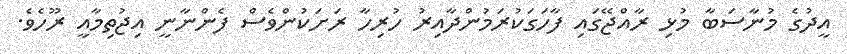
އީދުގެ މުނާސަބާ މުޅި ރާއްޖޭގައި ފާހަގަކުރަމުންދާއިރު ހުރިހާ ރަށަކުންވެސް ފެންނާނީ އިޖުތިމާއީ ރޫހެވެ.